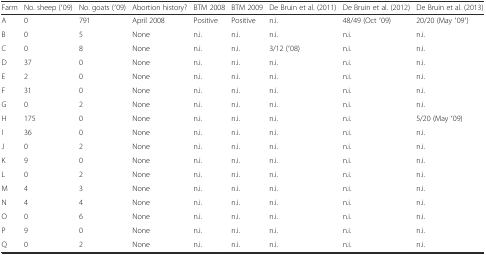
| Farm | No. sheep (′09) | No. goats (′09) | Abortion history? | BTM 2008 | BTM 2009 | De Bruin et al. (2011) | De Bruin et al. (2012) | De Bruin et al. (2013) |
 | --- | --- | --- | --- | --- | --- | --- | --- | --- |
 | A | 0 | 791 | April 2008 | Positive | Positive | n.i. | 48/49 (Oct ′09) | 20/20 (May ′09′) |
 | B | 0 | 5 | None | n.i. | n.i. | n.i. | n.i. | n.i. |
 | C | 0 | 8 | None | n.i. | n.i. | 3/12 (′08) | n.i. | n.i. |
 | D | 37 | 0 | None | n.i. | n.i. | n.i. | n.i. | n.i. |
 | E | 2 | 0 | None | n.i. | n.i. | n.i. | n.i. | n.i. |
 | F | 31 | 0 | None | n.i. | n.i. | n.i. | n.i. | n.i. |
 | G | 0 | 2 | None | n.i. | n.i. | n.i. | n.i. | n.i. |
 | H | 175 | 0 | None | n.i. | n.i. | n.i. | n.i. | 5/20 (May ′09) |
 | I | 36 | 0 | None | n.i. | n.i. | n.i. | n.i. | n.i. |
 | J | 0 | 2 | None | n.i. | n.i. | n.i. | n.i. | n.i. |
 | K | 9 | 0 | None | n.i. | n.i. | n.i. | n.i. | n.i. |
 | L | 0 | 2 | None | n.i. | n.i. | n.i. | n.i. | n.i. |
 | M | 4 | 3 | None | n.i. | n.i. | n.i. | n.i. | n.i. |
 | N | 4 | 4 | None | n.i. | n.i. | n.i. | n.i. | n.i. |
 | O | 0 | 6 | None | n.i. | n.i. | n.i. | n.i. | n.i. |
 | P | 9 | 0 | None | n.i. | n.i. | n.i. | n.i. | n.i. |
 | Q | 0 | 2 | None | n.i. | n.i. | n.i. | n.i. | n.i. |